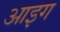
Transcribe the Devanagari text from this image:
आइग